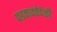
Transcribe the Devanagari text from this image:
फडकावतेवेळी